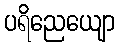
ပရိညေယျော